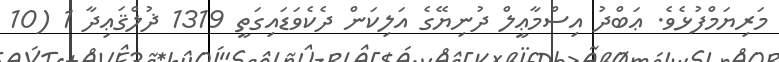
މަރިޔަމްފުޅެވެ. ޢަބްދު އިސްމާޢީލް ދުނިޔޭގެ އަލިކަން ދެކެވަޑައިގަތީ 1319 ޛުލްޤަޢިދާ 1 (10